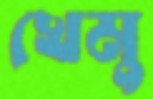
খেমু